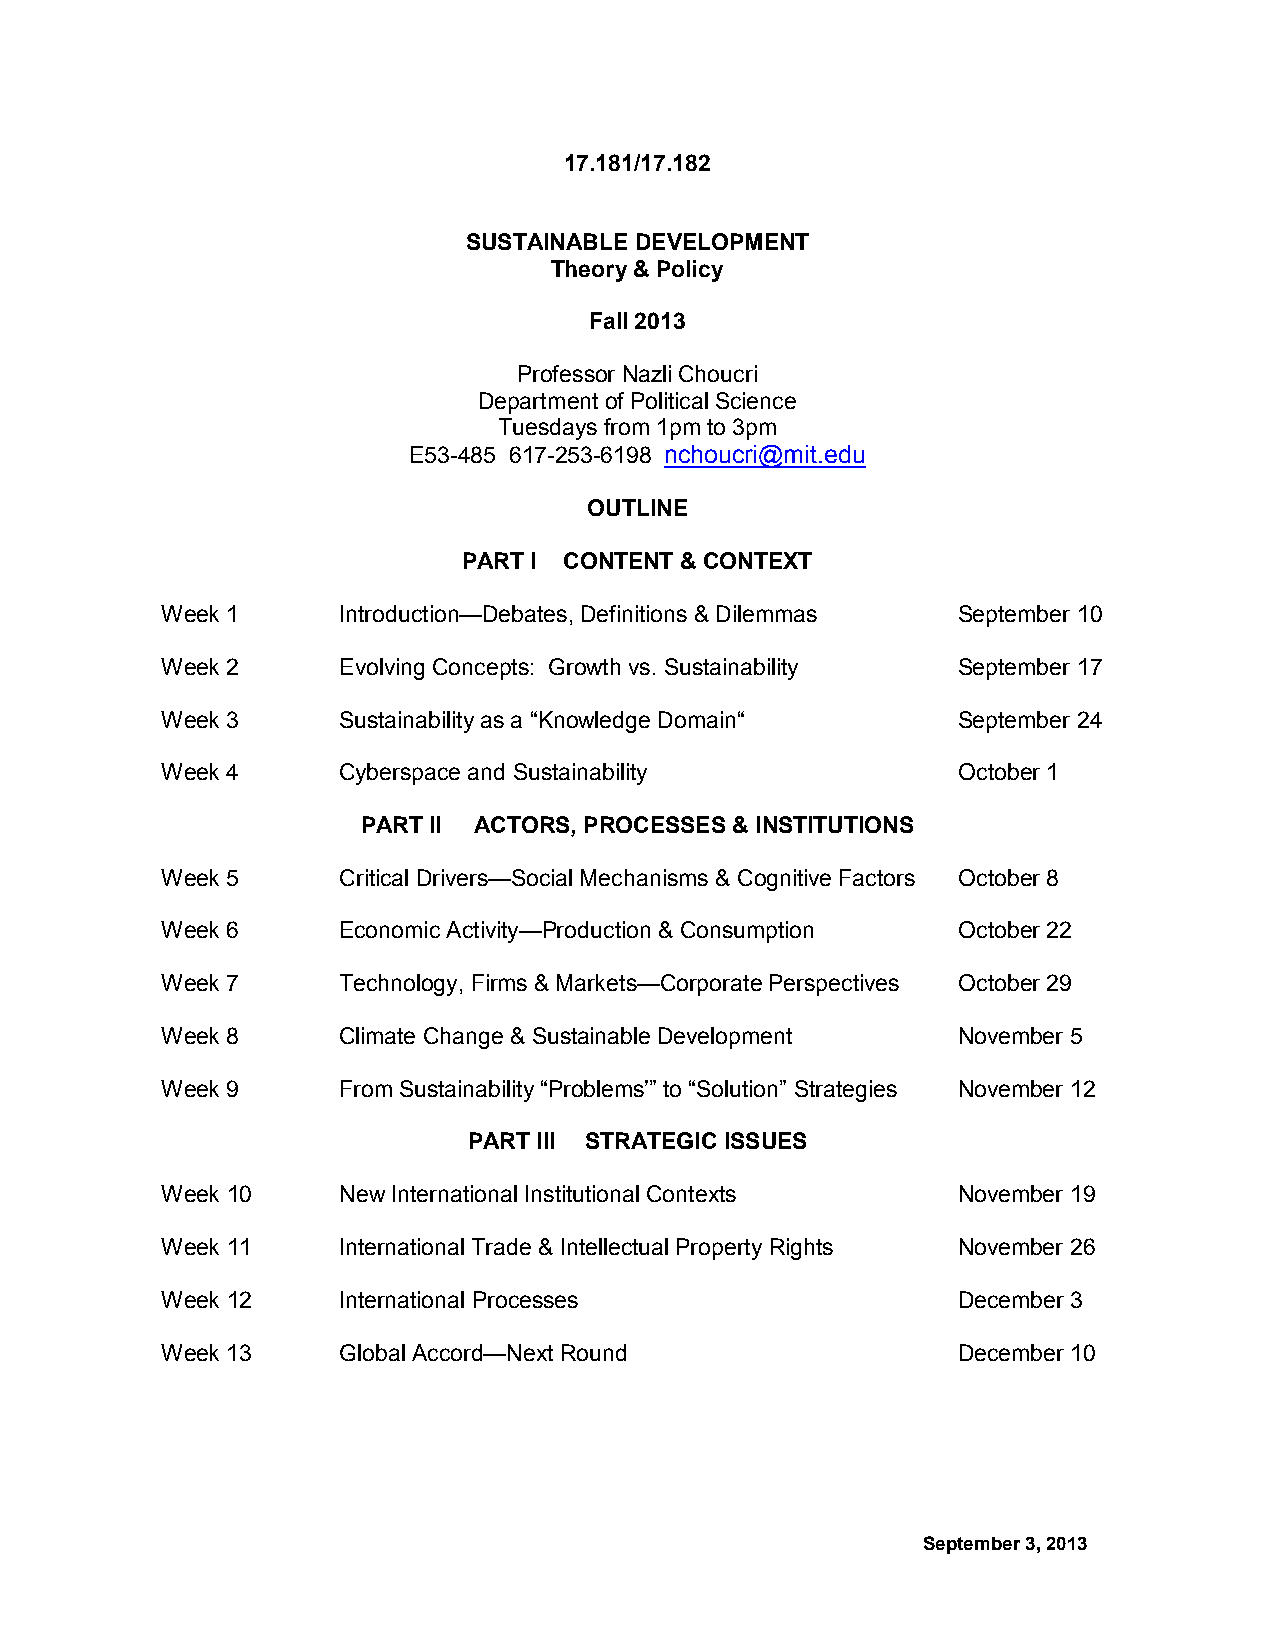
17.181/17.182
 SUSTAINABLE DEVELOPMENT
 Theory & Policy
 Fall 2013
 Professor Nazli Choucri
 Department of Political Science
 Tuesdays from 1pm to 3pm
 E53-485 617-253-6198 nchoucri@mit.edu
 OUTLINE
 PART I CONTENT & CONTEXT
 Week 1     Introduction—Debates, Definitions & Dilemmas September 10
 Week 2     Evolving Concepts: Growth vs. Sustainability September 17
 Week 3     Sustainability as a “Knowledge Domain“   September 24
 Week 4     Cyberspace and Sustainability            October 1
 PART II ACTORS, PROCESSES & INSTITUTIONS
 Week 5     Critical Drivers—Social Mechanisms & Cognitive Factors October 8
 Week 6     Economic Activity—Production & Consumption October 22
 Week 7     Technology, Firms & Markets—Corporate Perspectives October 29
 Week 8     Climate Change & Sustainable Development November 5
 Week 9     From Sustainability “Problems’” to “Solution” Strategies November 12
 PART III STRATEGIC ISSUES
 Week 10    New International Institutional Contexts November 19
 Week 11    International Trade & Intellectual Property Rights November 26
 Week 12    International Processes                  December 3
 Week 13    Global Accord—Next Round                 December 10
 September 3, 2013